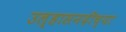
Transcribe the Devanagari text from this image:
उल्हासनदीच्या